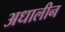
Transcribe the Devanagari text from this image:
अधालीन